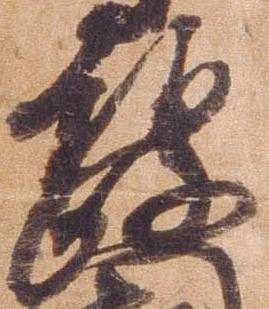
政